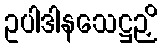
ဥပါဒါနသေဋ္ဌဉှိ